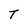
Character: T